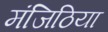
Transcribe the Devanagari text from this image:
मंजिठिया